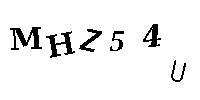
MHZ54U